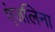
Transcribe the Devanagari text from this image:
एंजलिना